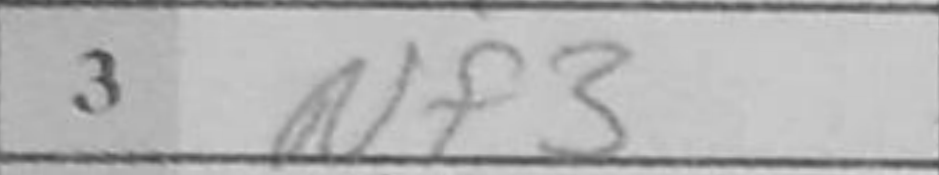
Transcription: Nf3